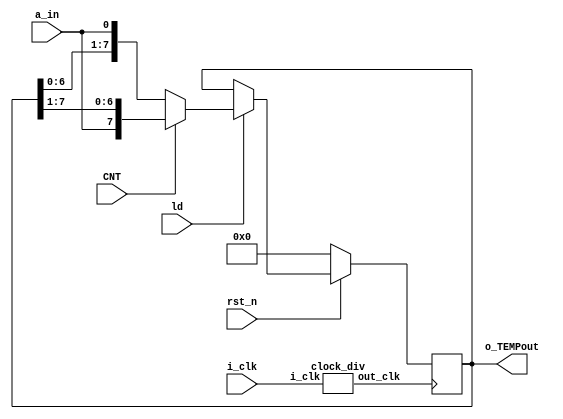
`timescale 1ns / 1ps
//////////////////////////////////////////////////////////////////////////////////
// Company: 
// Engineer: 
// 
// Design Name: 
// Module Name:    bi_direc 
// Project Name: 
// Target Devices: 
// Tool versions: 
// Description: 
//
// Dependencies: 
//
// Revision: 
// Revision 0.01 - File Created
// Additional Comments: 
//
//////////////////////////////////////////////////////////////////////////////////
module bi_direc(
i_clk ,rst_n  , CNT ,  a_in ,o_TEMPout , ld
    );
	 
	 
parameter DATA_WIDTH2 = 8	 ;
  input i_clk ;
//input [DATA_WIDTH2-1:0] d_in ;  
  input rst_n ;
  input a_in ;  ///used as serial in //
  input ld ; ///for loading the data///
  input  CNT ;  ///used for changing the dircetion of shift register if CNT==1 then right shift else left shift ///
 output reg [DATA_WIDTH2-1:0] o_TEMPout ;  ///used for led ////
 wire o_clk ;  ///intermediate clock wire for feeding the clock from clock divider module to the top module ///
 
 ///*********************************/////
  clock_div U1 (i_clk , o_clk);
  ///instantiation of clock divider ///
  
  always @ (posedge o_clk )
   begin
	if (~rst_n)
	o_TEMPout <= 0;  
else if (ld==1)
begin
 if (CNT==1)
 o_TEMPout <= {a_in , o_TEMPout[7:1] };  ///right shift //
else
 o_TEMPout <= {o_TEMPout[6:0] , a_in} ;   ///left shift ///
end
end
endmodule 

///clock divider /////
module clock_div (i_clk , out_clk);
input i_clk ;
output reg out_clk ;

reg [26:0] count ;

always @ (posedge i_clk)
 begin
  count = count + 1'b1;
  if (count == 50_000_000)
   begin
	out_clk = ~out_clk ;
	count = 0;
	end
	end
	endmodule 










/* always @ (posedge i_clk or negedge rst_n )
 begin
 if (~rst_n)
count <= 0;
else if (count == max_cnt )
 count <= 0 ;
 else
 count <= count + 1'b1 ;
 end

assign M = count == 0 ; */

 /*always @ (posedge i_clk or  negedge rst_n)
   begin
     if (~rst_n)
      begin
     o_TEMPout <= 4'b0000 ;  
      end
      else
       begin
   if (M==1)
    begin      /////left shift///
	  o_TEMPout[0] <= a_in  ;
  o_TEMPout[1] <= o_TEMPout[0];
  o_TEMPout [2] <= o_TEMPout[1] ;
  o_TEMPout [3] <=  o_TEMPout[2] ;     
     end 
   else 
     begin      /////right shift///
   o_TEMPout[3] <= a_in ;
   o_TEMPout [2] <= o_TEMPout [3];
   o_TEMPout[1] <= o_TEMPout[2];
    o_TEMPout[0] <= o_TEMPout[1];
   end
     end  
  end
  
endmodule
*/